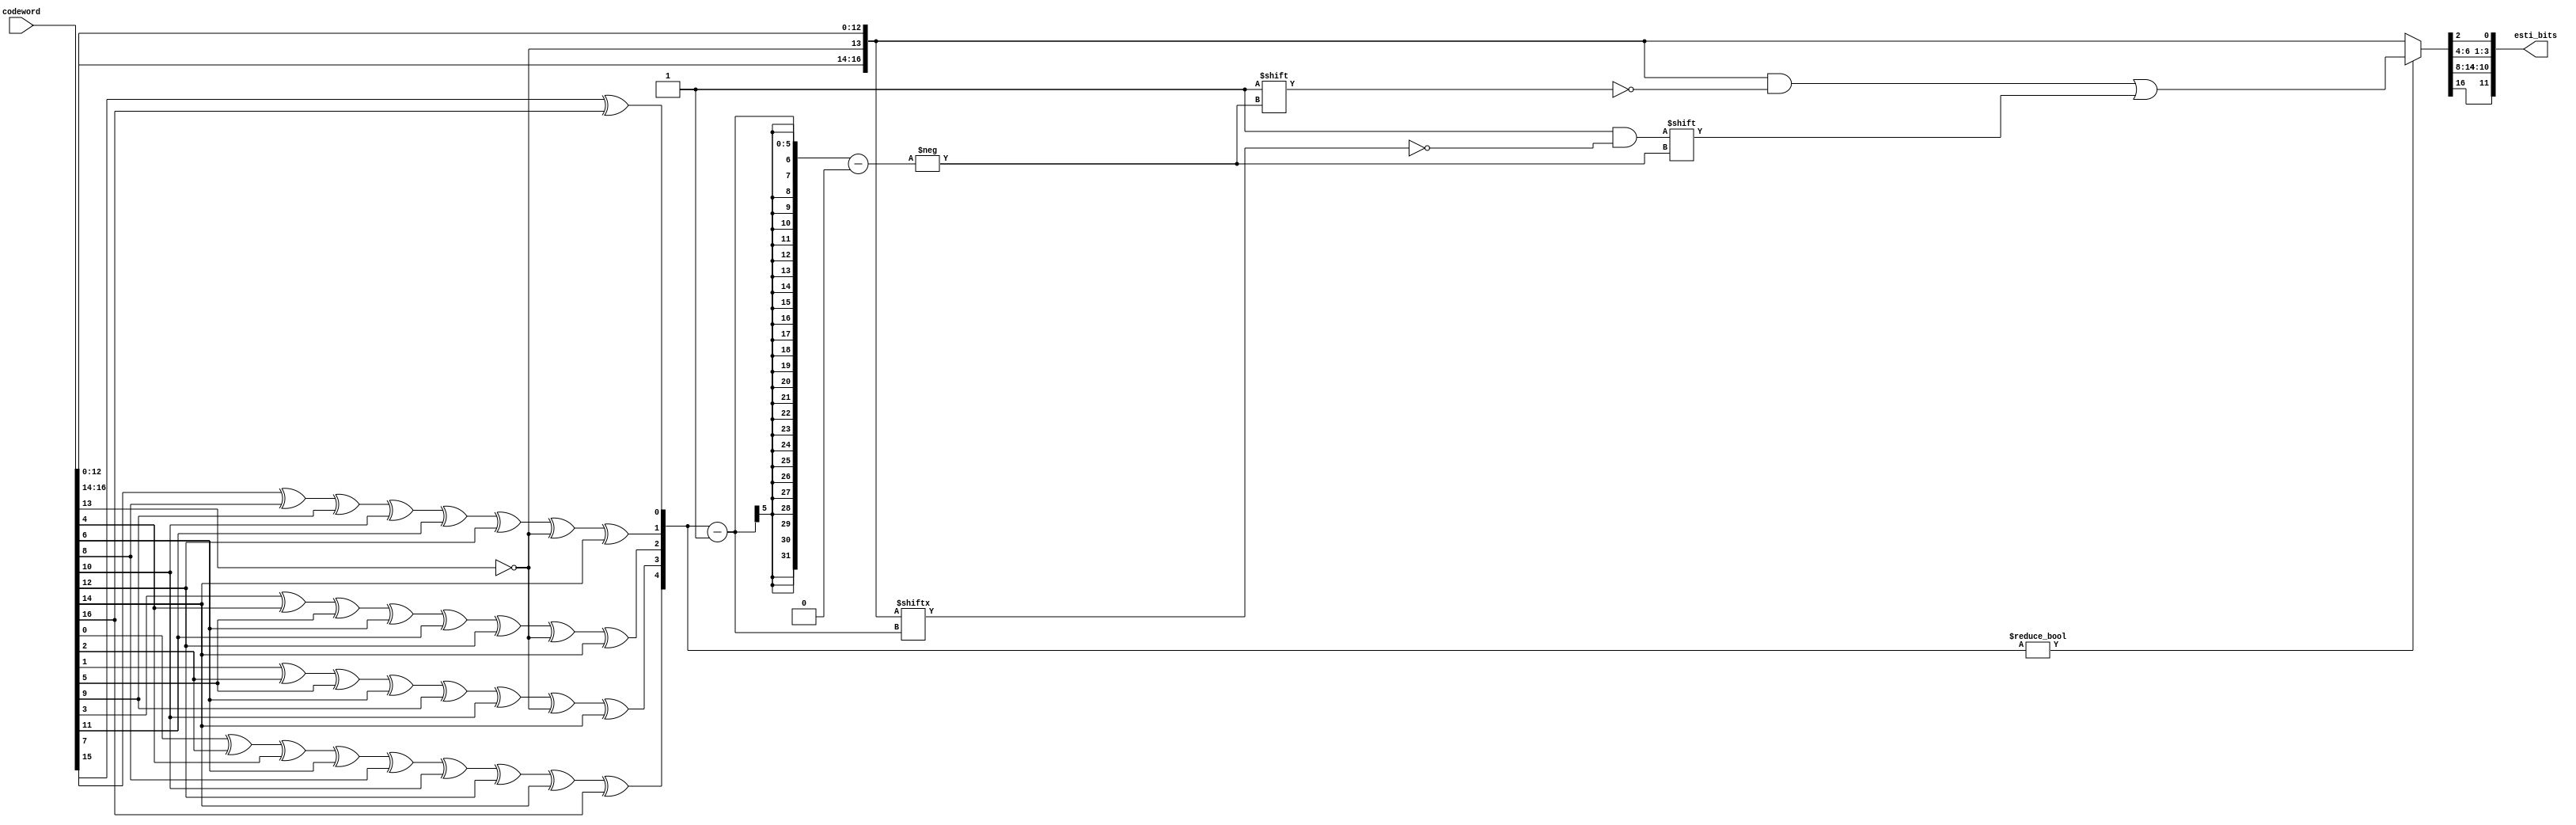
`timescale 1ns/100ps
module ham_dec(codeword, esti_bits);
    input [16:0]codeword;
    output reg [11:0]esti_bits;

    reg [0:4]syndrome;
    reg [16:0]codeword_reg;

    always @(*) begin
        codeword_reg = codeword;
        codeword_reg[13] = ~codeword[13]; // Error Occured at 14th.

        syndrome[0] = codeword_reg[0] ^ codeword_reg[2] ^ codeword_reg[4] ^ codeword_reg[6] ^ codeword_reg[8] ^ codeword_reg[10] ^ codeword_reg[12] ^ codeword_reg[14] ^ codeword_reg[16];
        syndrome[1] = codeword_reg[1] ^ codeword_reg[2] ^ codeword_reg[5] ^ codeword_reg[6] ^ codeword_reg[9] ^ codeword_reg[10] ^ codeword_reg[13] ^ codeword_reg[14];
        syndrome[2] = codeword_reg[3] ^ codeword_reg[4] ^ codeword_reg[5] ^ codeword_reg[6] ^ codeword_reg[11] ^ codeword_reg[12] ^ codeword_reg[13] ^ codeword_reg[14];
        syndrome[3] = codeword_reg[7] ^ codeword_reg[8] ^ codeword_reg[9] ^ codeword_reg[10] ^ codeword_reg[11] ^ codeword_reg[12] ^ codeword_reg[13] ^ codeword_reg[14];
        syndrome[4] = codeword_reg[15] ^ codeword_reg[16];

        if(syndrome) begin
            codeword_reg[syndrome - 1] = ~codeword_reg[syndrome - 1];
        end

        esti_bits = {codeword_reg[16], codeword_reg[14:8], codeword_reg[6:4], codeword_reg[2]};
    end
endmodule